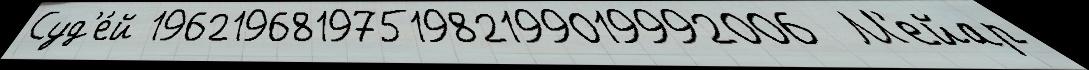
Суд'е́й 1962196819751982199019992006  М'ейар